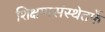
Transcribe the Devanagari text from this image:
शिक्षणसंस्थेतर्फे